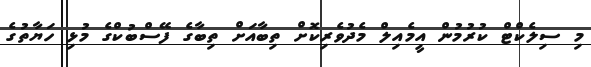
މި ސިލެކްޓް ކުރުމުން އީމެއިލް މެދުވެރިކޮށް ތިބާއަށް ތިބާގެ ފޭސްބުކްގެ މުޅި ހަޔާތުގެ